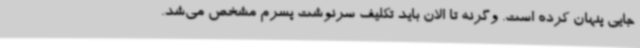
جایی پنهان کرده است. وگرنه تا الان باید تکلیف سرنوشت پسرم مشخص می‌شد.